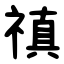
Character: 禛